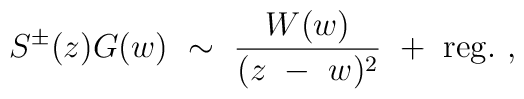
S^\pm (z)G(w){}~\sim{}~{W(w)\over {(z{}~-{}~w)^2}}{}~+{}~{\rm reg}.{}~,